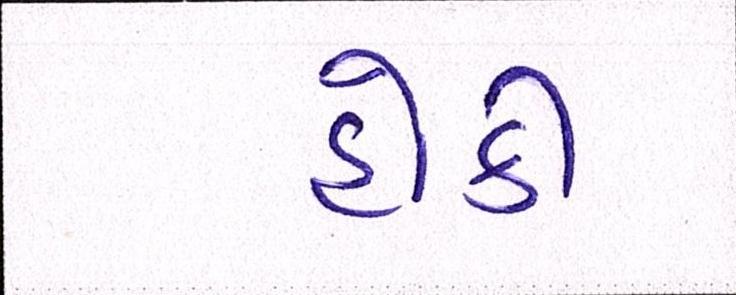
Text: હોકી